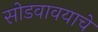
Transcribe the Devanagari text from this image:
सोडवावयाचे